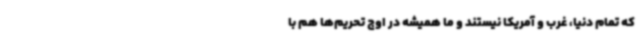
که تمام دنیا، غرب و آمریکا نیستند و ما همیشه در اوج تحریم‌ها هم با